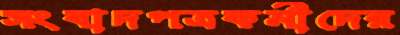
সংবাদপত্রকর্মীদের